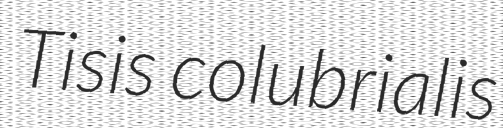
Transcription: Tisis colubrialis